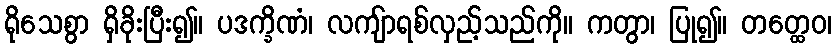
ရိုသေစွာ ရှိခိုးပြီး၍။ ပဒက္ခိဏံ၊ လကျ်ာရစ်လှည့်သည်ကို။ ကတွာ၊ ပြု၍။ တတ္ထေဝ၊